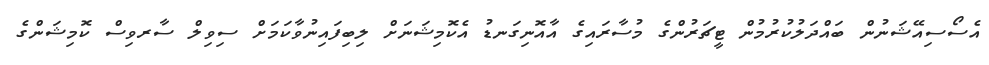
އެސޯސިއޭޝަނުން ބައްދަލުކުރުމުން ޓީޗަރުންގެ މުސާރައިގެ އާއޮނިގަނޑު އެކޮމިޝަނަށް ލިބިފައިނުވާކަމަށް ސިވިލް ސާރވިސް ކޮމިޝަންގެ